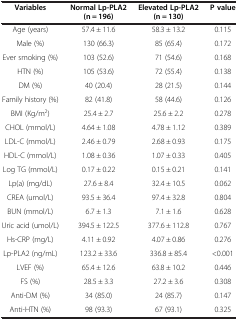
<table><thead><tr><td><b>Variables</b></td><td><b>Normal Lp-PLA2 (n = 196)</b></td><td><b>Elevated Lp-PLA2 (n = 130)</b></td><td><b>P value</b></td></tr></thead><tbody><tr><td>Age (years)</td><td>57.4 ± 11.6</td><td>58.3 ± 13.2</td><td>0.115</td></tr><tr><td>Male (%)</td><td>130 (66.3)</td><td>85 (65.4)</td><td>0.172</td></tr><tr><td>Ever smoking (%)</td><td>103 (52.6)</td><td>71 (54.6)</td><td>0.168</td></tr><tr><td>HTN (%)</td><td>105 (53.6)</td><td>72 (55.4)</td><td>0.138</td></tr><tr><td>DM (%)</td><td>40 (20.4)</td><td>28 (21.5)</td><td>0.144</td></tr><tr><td>Family history (%)</td><td>82 (41.8)</td><td>58 (44.6)</td><td>0.126</td></tr><tr><td>BMI (Kg/m<sup>2</sup>)</td><td>25.4 ± 2.7</td><td>25.6 ± 2.2</td><td>0.278</td></tr><tr><td>CHOL (mmol/L)</td><td>4.64 ± 1.08</td><td>4.78 ± 1.12</td><td>0.389</td></tr><tr><td>LDL-C (mmol/L)</td><td>2.46 ± 0.79</td><td>2.68 ± 0.93</td><td>0.175</td></tr><tr><td>HDL-C (mmol/L)</td><td>1.08 ± 0.36</td><td>1.07 ± 0.33</td><td>0.405</td></tr><tr><td>Log TG (mmol/L)</td><td>0.17 ± 0.22</td><td>0.15 ± 0.21</td><td>0.141</td></tr><tr><td>Lp(a) (mg/dL)</td><td>27.6 ± 8.4</td><td>32.4 ± 10.5</td><td>0.062</td></tr><tr><td>CREA (umol/L)</td><td>93.5 ± 36.4</td><td>97.4 ± 32.8</td><td>0.804</td></tr><tr><td>BUN (mmol/L)</td><td>6.7 ± 1.3</td><td>7.1 ± 1.6</td><td>0.628</td></tr><tr><td>Uric acid (umol/L)</td><td>394.5 ± 122.5</td><td>377.6 ± 112.8</td><td>0.767</td></tr><tr><td>Hs-CRP (mg/L)</td><td>4.11 ± 0.92</td><td>4.07 ± 0.86</td><td>0.276</td></tr><tr><td>Lp-PLA2 (ng/mL)</td><td>123.2 ± 33.6</td><td>336.8 ± 85.4</td><td>&lt;0.001</td></tr><tr><td>LVEF (%)</td><td>65.4 ± 12.6</td><td>63.8 ± 10.2</td><td>0.446</td></tr><tr><td>FS (%)</td><td>28.5 ± 3.3</td><td>27.2 ± 3.6</td><td>0.308</td></tr><tr><td>Anti-DM (%)</td><td>34 (85.0)</td><td>24 (85.7)</td><td>0.147</td></tr><tr><td>Anti-HTN (%)</td><td>98 (93.3)</td><td>67 (93.1)</td><td>0.325</td></tr></tbody></table>